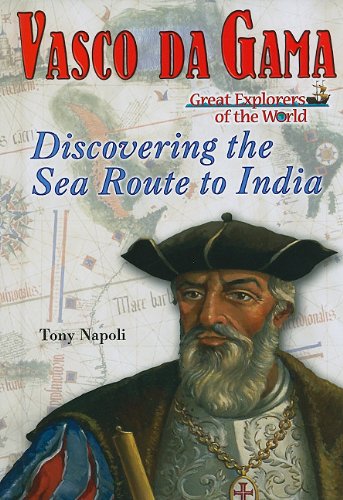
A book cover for Vasco Da Gama: Discovering the Sea Route to India (Great Explorers of the World); Tony Napoli; Children's Books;